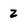
Character: 2